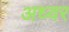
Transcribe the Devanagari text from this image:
अध्वर